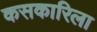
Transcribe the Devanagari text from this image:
कसकारिला